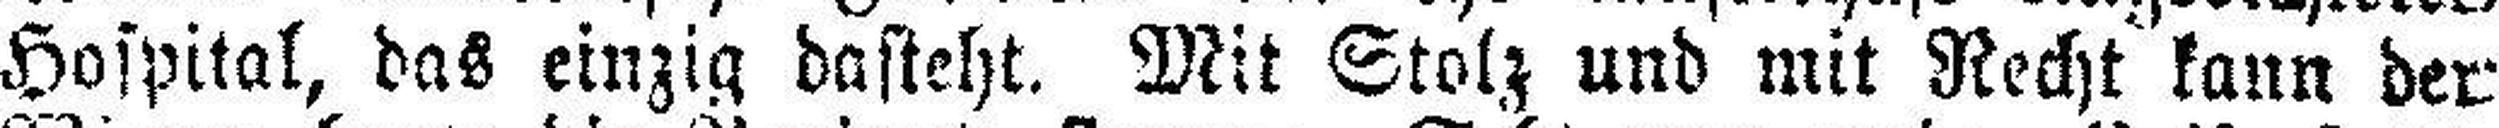
Hospital, das einzig dasteht. Mit Stolz und mit Recht kann der